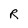
Character: R